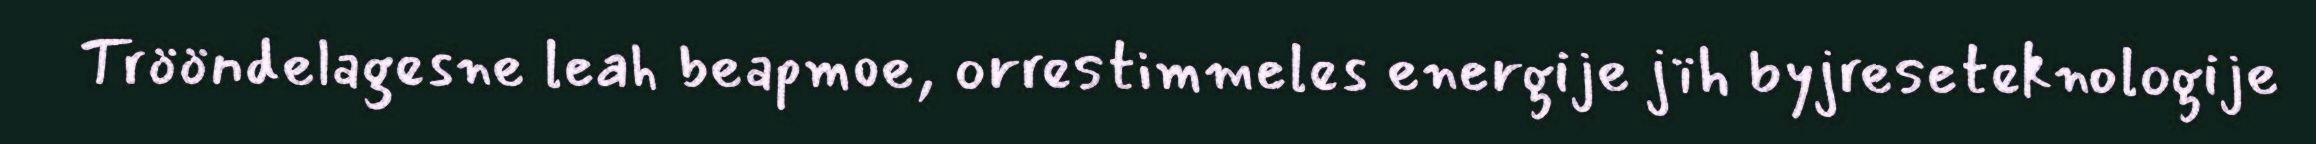
Trööndelagesne leah beapmoe, orrestimmeles energije jïh byjreseteknologije